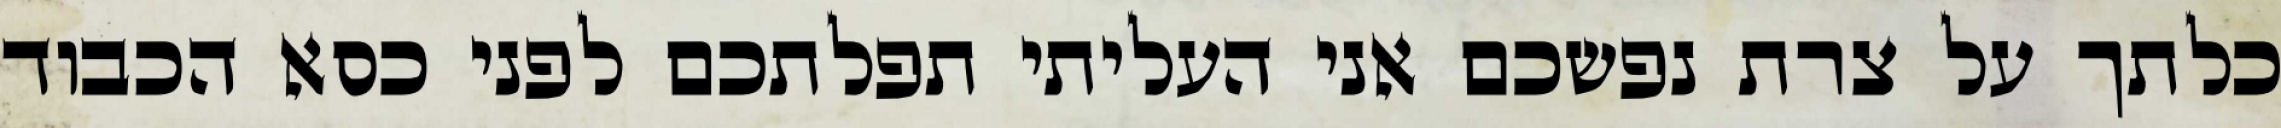
כלתך על צרת נפשכם אני העליתי תפלתכם לפני כסא הכבוד